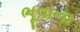
ભૂવાના